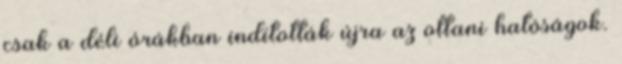
csak a déli órákban indították újra az ottani hatóságok.